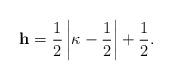
LaTeX: \begin{align*}{\bf h}=\frac12\left|\kappa-\frac12\right|+\frac12.\end{align*}